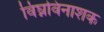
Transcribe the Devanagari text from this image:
विघ्नविनाशक